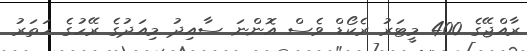
ރާއްޖޭގެ 400 މީޓަރު ރެކޯޑް ވެސް އޮންނަ ސާއިދު މިއަދުގެ ރޭހުގެ ހަތަރު